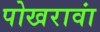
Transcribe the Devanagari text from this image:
पोखरावां